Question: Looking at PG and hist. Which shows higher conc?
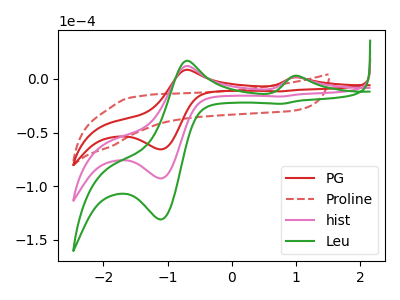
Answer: <think>The red curve "PG" has anodic peaks at (1.05V, 1.35uA) (-0.70V, 8.40uA) and cathodic peaks at (-1.10V, -65.70uA) (0.75V, -11.65uA). The red dashed curve "Proline" has no peaks. The pink curve "hist" has anodic peaks at (1.05V, 1.90uA) (-0.70V, 11.90uA) and cathodic peaks at (-1.10V, -92.75uA) (0.75V, -16.45uA). The green curve "Leu" has anodic peaks at (1.05V, 3.80uA) (-0.70V, 23.75uA) and cathodic peaks at (-1.10V, -185.45uA) (0.75V, -32.95uA).
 All the peaks in "PG" have a peak in "hist" at the same potential. Every peak in "PG" is lower than every peak in "hist".</think>
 <answer>"PG" has less signal than "hist" and so likely has a lower concentration.</answer>
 <eval>less_concentration</eval>